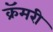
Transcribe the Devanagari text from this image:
क्रॅमरी